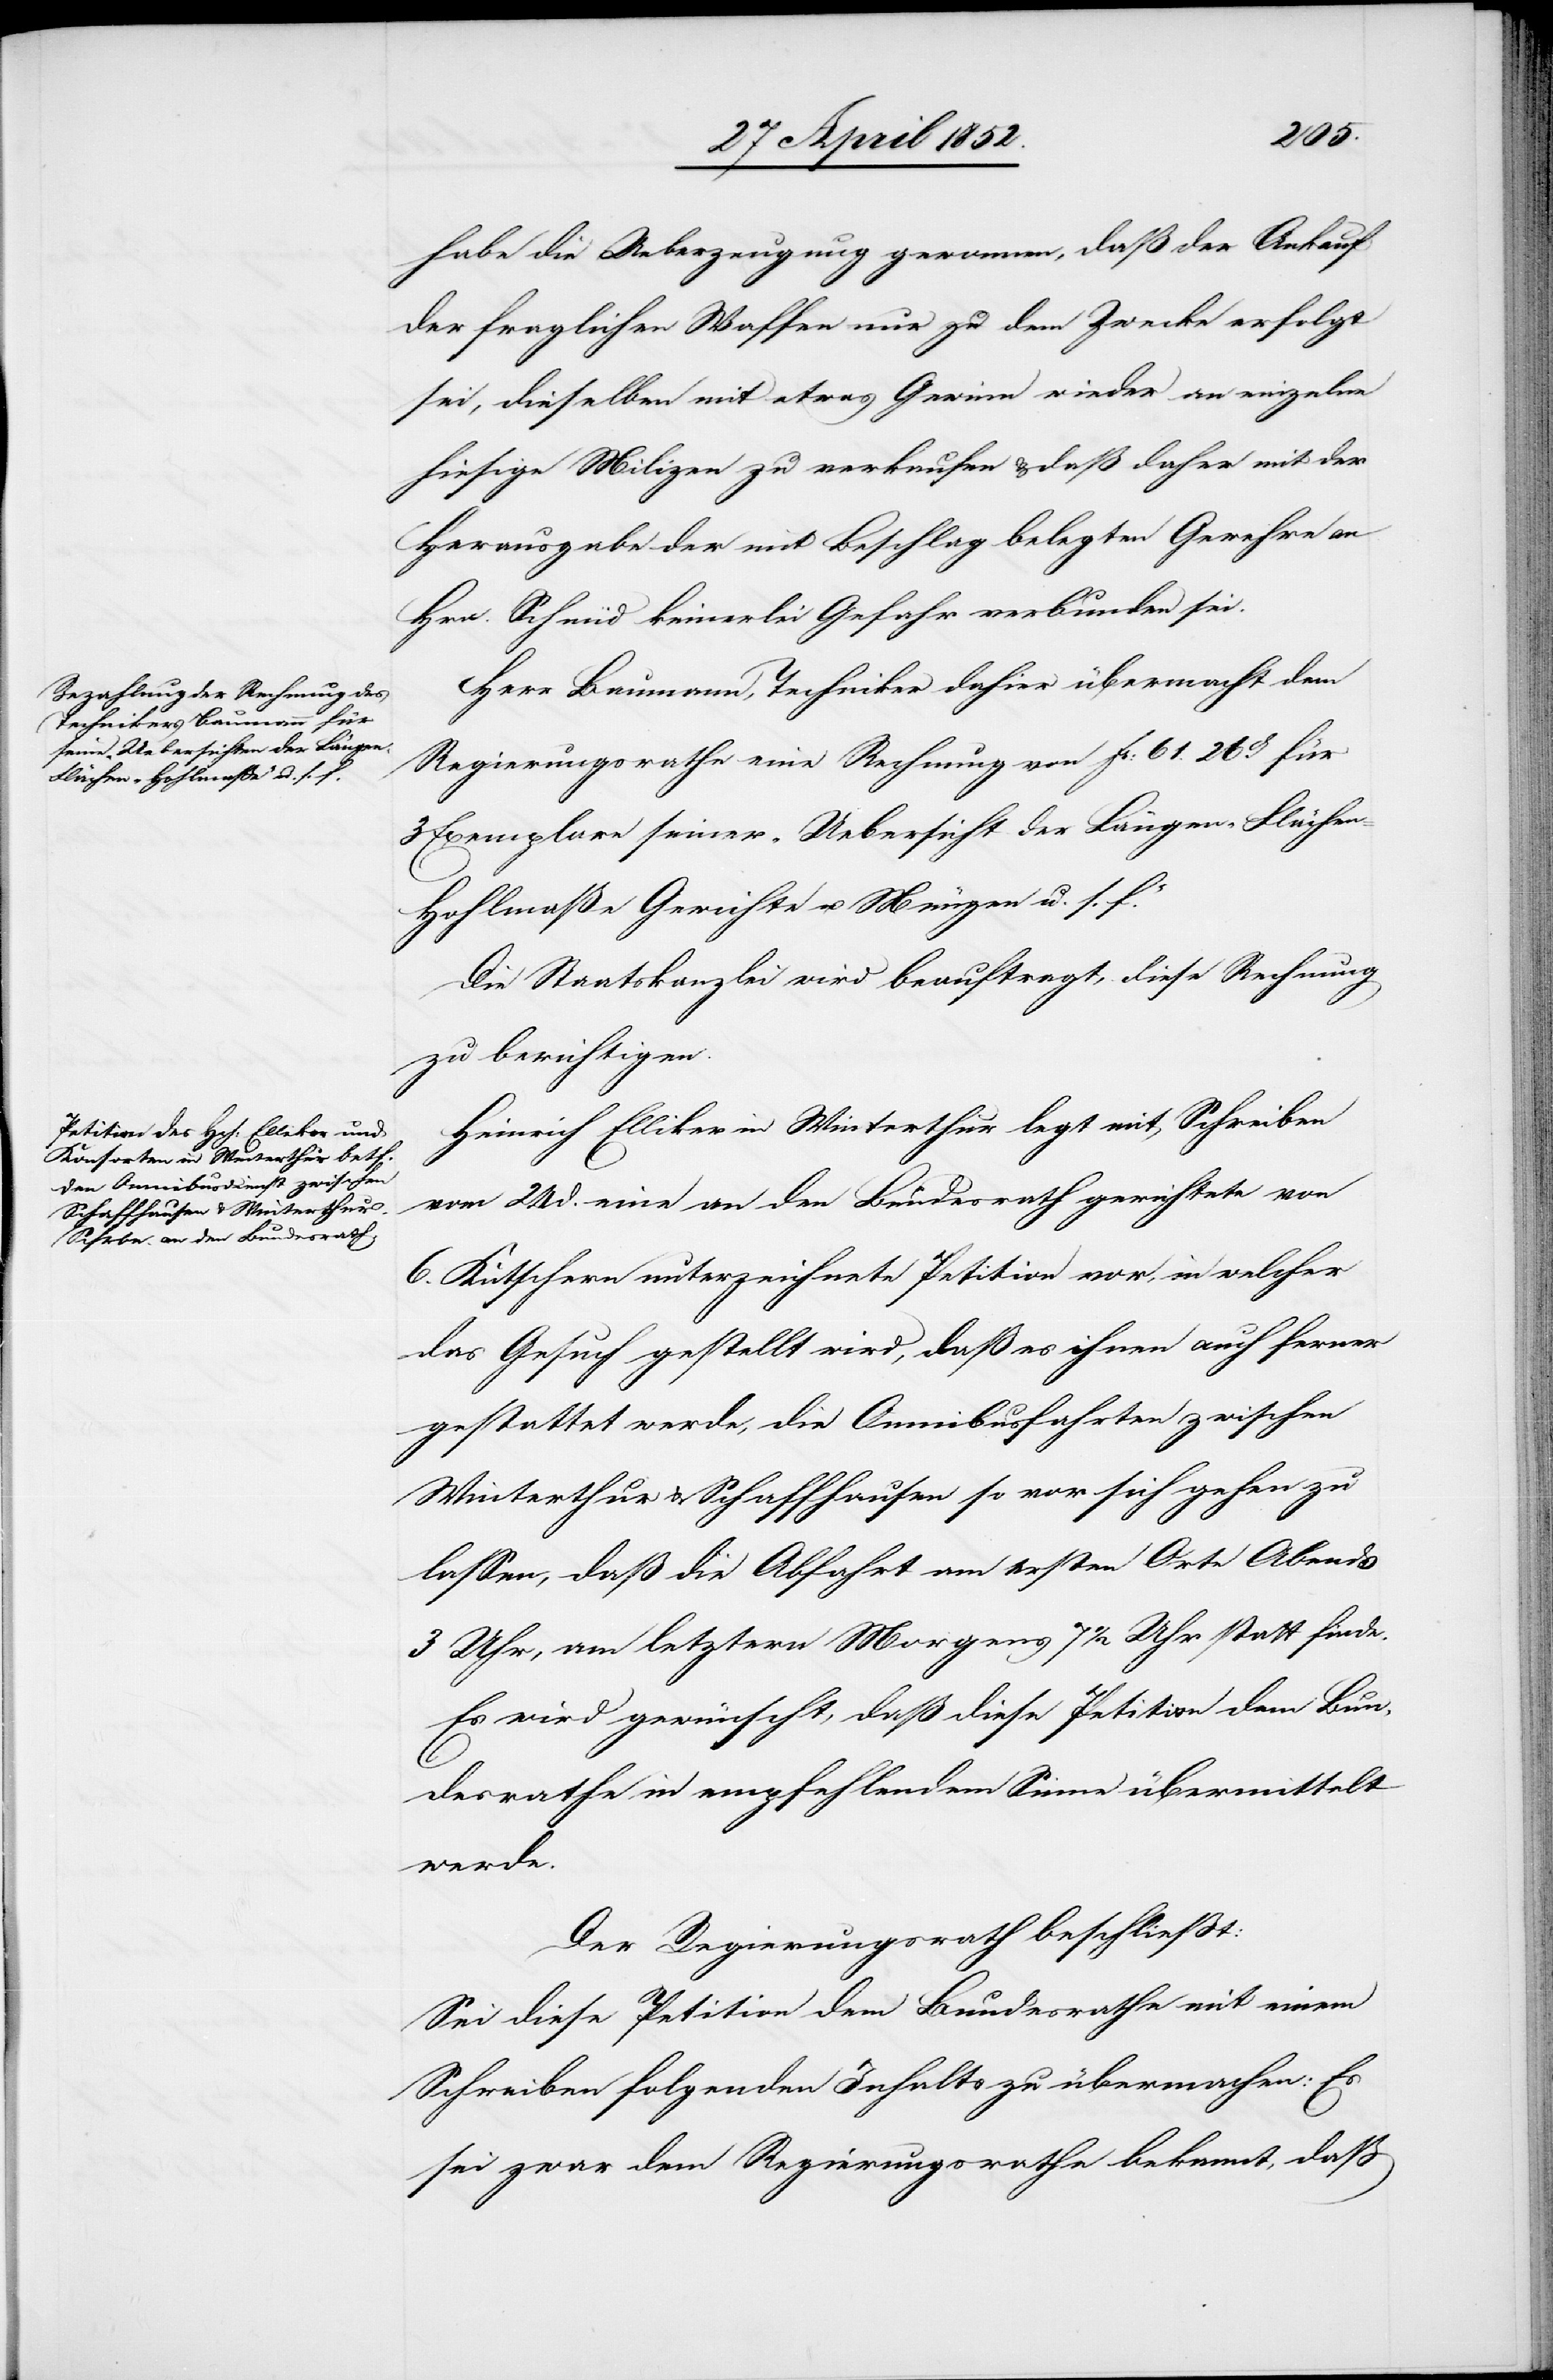
habe die Ueberzeugung gewonnen, daß der Ankauf
der fraglichen Waffen nur zu dem Zwecke erfolgt
sei, dieselben mit etwas Gewinn wieder an einzelne
hiesige Milizen zu verkaufen & daß daher mit der
Herausgabe der mit Beschlag belegten Gewehre an
Hrn. Schmid keinerlei Gefahr verbunden sei.
Herr Baumann, Techniker dahier übermacht dem
Regierungsrathe eine Rechnung von fr: 61. 26ct. für
3 Exemplare seiner „Uebersicht der Längen- Flächen-
Hohlmaße Gewichte u. Münzen u. s. f.“
Die Staatskanzlei wird beauftragt, diese Rechnung
zu berichtigen.
Heinrich Elliker in Winterthur legt mit Schreiben
vom 24 d. eine an den Bundesrath gerichtete von
6. Kutschern unterzeichnete Petition vor, in welcher
das Gesuch gestellt wird, dass es ihnen auch ferner
gestattet werde, die Omnibusfahrten zwischen
Winterthur & Schaffhausen so vor sich gehen zu
lassen, daß die Abfahrt am ersten Orte Abends
3 Uhr, am letztern Morgens 7 1/2 Uhr statt finde.
Es wird gewünscht, daß diese Petition dem Bun¬
desrathe in empfehlendem Sinne übermittelt
werde.
Der Regierungsrath beschliesst:
Sei diese Petition dem Bundesrathe mit einem
Schreiben folgenden Inhalts zu übermachen: Es
sei zwar dem Regierungsrathe bekannt, daß